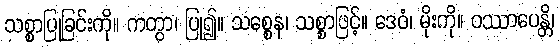
သစ္စာပြုခြင်းကို။ ကတွာ၊ ပြု၍။ သစ္စေန၊ သစ္စာဖြင့်။ ဒေဝံ၊ မိုးကို။ ဝဿာပေန္တိ၊